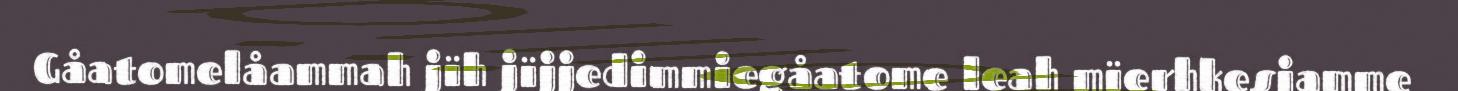
Gåatomelåammah jïh jïjjedimmiegåatome leah mïerhkesjamme